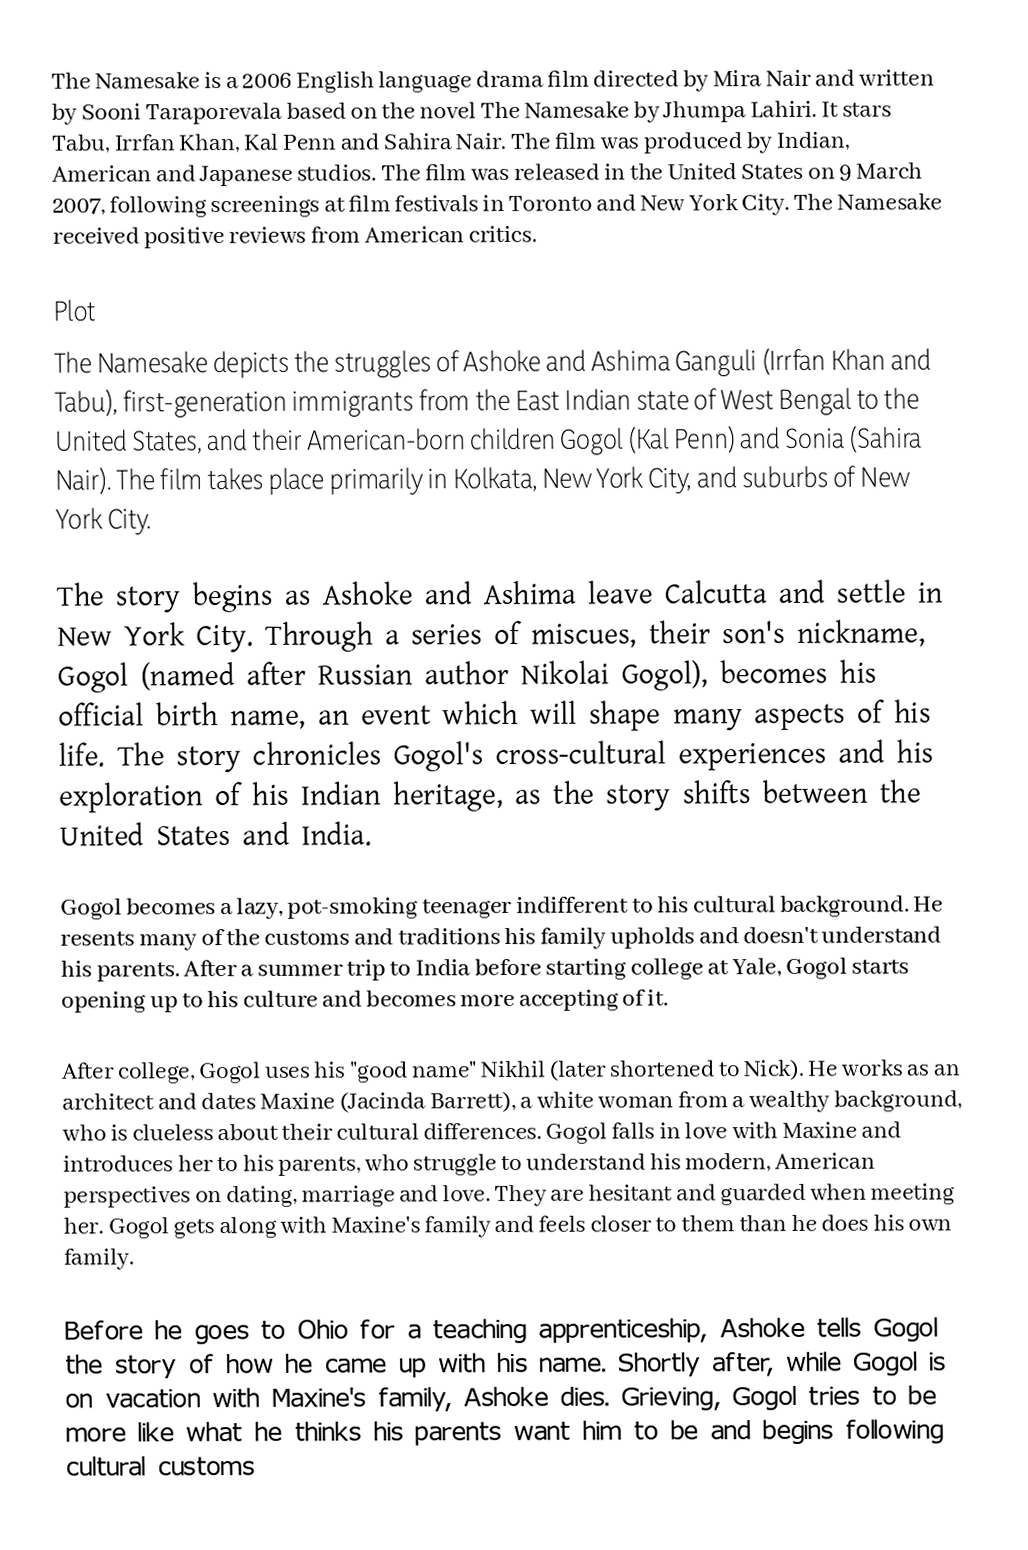
The Namesake is a 2006 English language drama film directed by Mira Nair and written by Sooni Taraporevala based on the novel The Namesake by Jhumpa Lahiri. It stars Tabu, Irrfan Khan, Kal Penn and Sahira Nair. The film was produced by Indian, American and Japanese studios. The film was released in the United States on 9 March 2007, following screenings at film festivals in Toronto and New York City. The Namesake received positive reviews from American critics.

Plot
The Namesake depicts the struggles of Ashoke and Ashima Ganguli (Irrfan Khan and Tabu), first-generation immigrants from the East Indian state of West Bengal to the United States, and their American-born children Gogol (Kal Penn) and Sonia (Sahira Nair). The film takes place primarily in Kolkata, New York City, and suburbs of New York City.

The story begins as Ashoke and Ashima leave Calcutta and settle in New York City. Through a series of miscues, their son's nickname, Gogol (named after Russian author Nikolai Gogol), becomes his official birth name, an event which will shape many aspects of his life. The story chronicles Gogol's cross-cultural experiences  and his exploration of his Indian heritage, as the story shifts between the United States and India.

Gogol becomes a lazy, pot-smoking teenager indifferent to his cultural background. He resents many of the customs and traditions his family upholds and doesn't understand his parents. After a summer trip to India before starting college at Yale, Gogol starts opening up to his culture and becomes more accepting of it.

After college, Gogol uses his "good name" Nikhil (later shortened to Nick). He works as an architect and dates Maxine (Jacinda Barrett), a white woman from a wealthy background, who is clueless about their cultural differences. Gogol falls in love with Maxine and introduces her to his parents, who struggle to understand his modern, American perspectives on dating, marriage and love. They are hesitant and guarded when meeting her. Gogol gets along with Maxine's family and feels closer to them than he does his own family.

Before he goes to Ohio for a teaching apprenticeship, Ashoke tells Gogol the story of how he came up with his name. Shortly after, while Gogol is on vacation with Maxine's family, Ashoke dies. Grieving, Gogol tries to be more like what he thinks his parents want him to be and begins following cultural customs